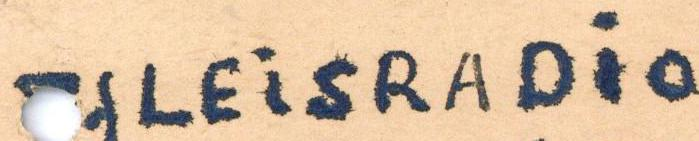
YLEiSRADiO